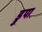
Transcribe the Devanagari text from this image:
ड्रुपा